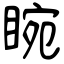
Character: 睕